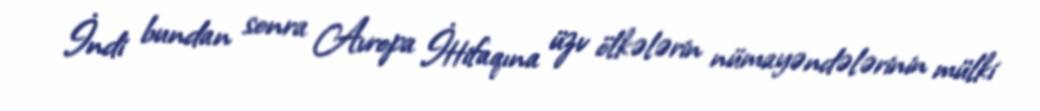
İndi bundan sonra Avropa İttifaqına üzv ölkələrin nümayəndələrinin mülki